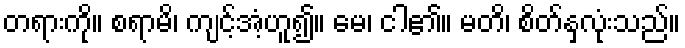
တရားကို။ စရာမိ၊ ကျင့်အံ့ဟူ၍။ မေ၊ ငါ၏။ မတိ၊ စိတ်နှလုံးသည်။